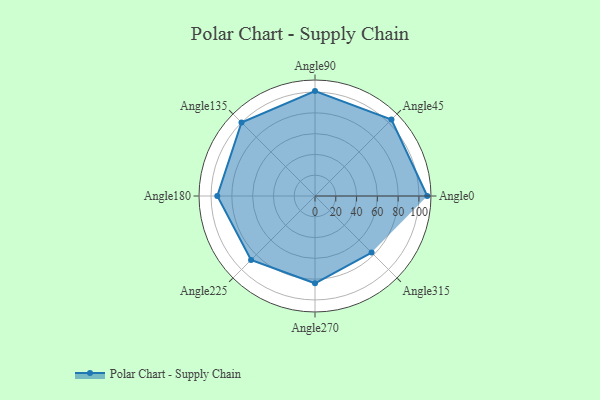
{"axis": {"x": "Angle", "y": "Radius"}, "legend": [""], "data": [{"x": "Angle0", "y": 108.0, "type": ""}, {"x": "Angle45", "y": 104.0, "type": ""}, {"x": "Angle90", "y": 101.0, "type": ""}, {"x": "Angle135", "y": 100.0, "type": ""}, {"x": "Angle180", "y": 94.0, "type": ""}, {"x": "Angle225", "y": 87.0, "type": ""}, {"x": "Angle270", "y": 84.0, "type": ""}, {"x": "Angle315", "y": 77.0, "type": ""}]}